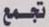
تجمع